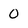
Character: 0